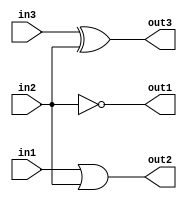
module test2(out1, 
             out2,
             out3, 
             in1, 
             in2,
	     in3);
            
input  in1 , in2 , in3;
output out1 , out2, out3;

assign out1 = ~in2;         //not
assign out2 = in1 | in2;   //or
assign out3 = in3 ^ in2;   //xor

endmodule